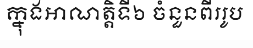
ក្នុងអាណត្តិទី៦ ចំនួនពីររូប